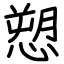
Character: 愬